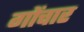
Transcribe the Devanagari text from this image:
गोंचार